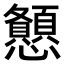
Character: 𢥨